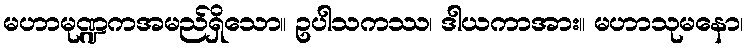
မဟာမုဏ္ဍကအမည်ရှိသော။ ဥပါသကဿ၊ ဒါယကာအား။ မဟာသုမနော၊